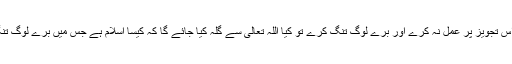
اب اگر کوئی اس تجویز پر عمل نہ کرے اور برے لوگ تنگ کرے تو کیا اللہ تعالیٰ سے گلہ کیا جائے گا کہ کیسا اسلام ہے جس میں برے لوگ تنگ کرتے ہیں؟